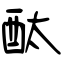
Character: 酞